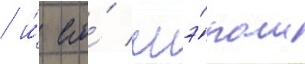
/ и́ его́ мэ́ром